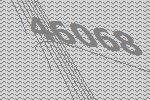
46068